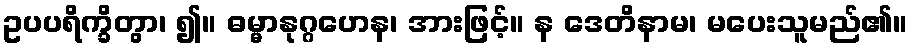
ဥပပရိက္ခိတွာ၊ ၍။ ဓမ္မာနုဂ္ဂဟေန၊ အားဖြင့်။ န ဒေတိနာမ၊ မပေးသူမည်၏။